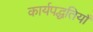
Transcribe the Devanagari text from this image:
कार्यपद्धतियाँ